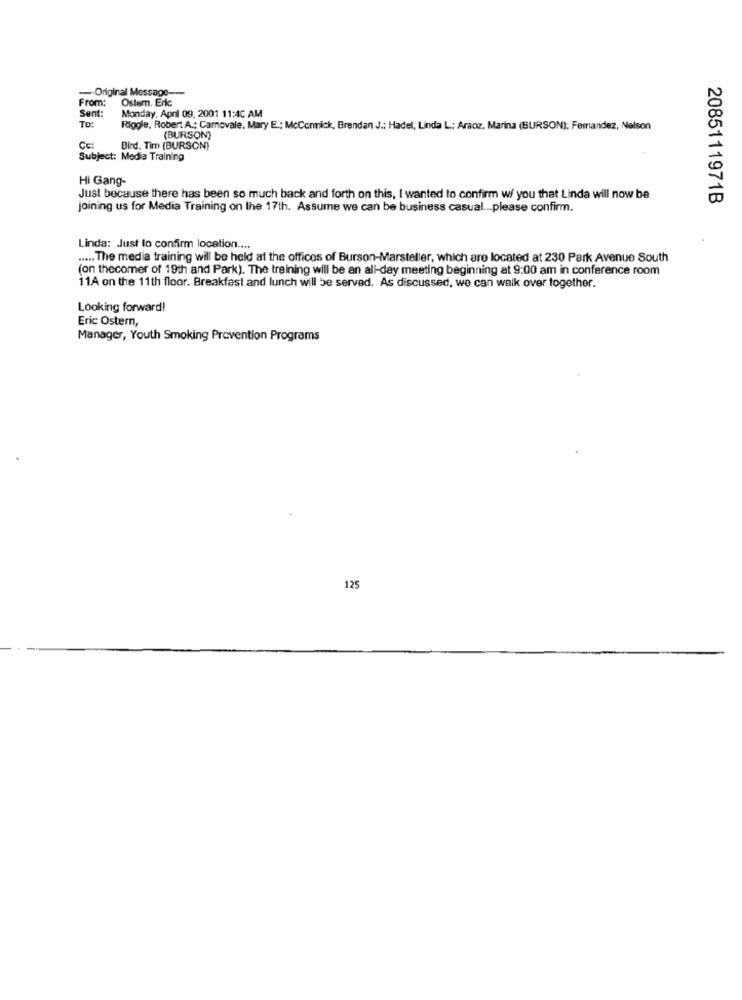
--- Original Message --
From:
Ostem. Eric
Sent:
Monday, April 09, 2001 11:40 AM
TO:
Riggle, Robert A .: Carnovale, Mary E .: McCormick, Brendan J .; Hadel, Linda L; Araoz, Marina (BURSON): Femandez, Nelson
(BURSON)
Bird. Tim (BURSON)
Subject: Media Training
Hi Gang-
Just because there has been so much back and forth on this, I wanted to confirm wi you that Linda will now be
2085111971B
joining us for Media Training on the 17th. Assume we can be business casual ... please confirm.
Linda: Just to confirm location ....
..... The media training will be held at the offices of Burson-Marsteller, which are located at 230 Park Avenue South
(on thecomer of 19th and Park). The training will be an all-day meeting beginning at 9:00 am in conference room
11A on the 11th floor. Breakfast and lunch will be served. As discussed, we can walk over together.
Looking forward!
Eric Ostern,
Manager, Youth Smoking Prevention Programs
125